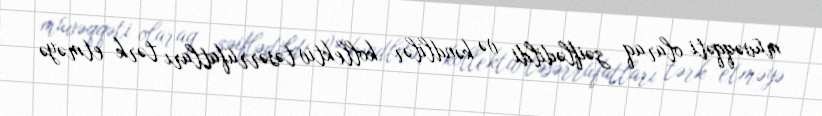
müvəqqəti olaraq zəiflədildi və kəndlilər kollektiv təsərrüfatları tərk etməyə